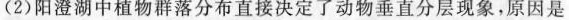
(2)阳澄湖中植物群落分布直接决定了动物垂直分层现象，原因是